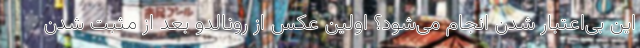
این بی‌اعتبار شدن انجام می‌شود؟ اولین عکس از رونالدو بعد از مثبت شدن